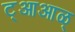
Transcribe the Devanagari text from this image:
ट्आआळ्